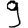
Digit: 9